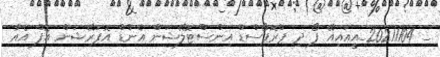
_ 20211104_އީއައިއޭ ފޯ ދި ޕްރޮޕޯސްޑް އިންސްޓޮލޭޝަން އެންޑް އޮޕަރޭޝަން އޮފް އެއާ